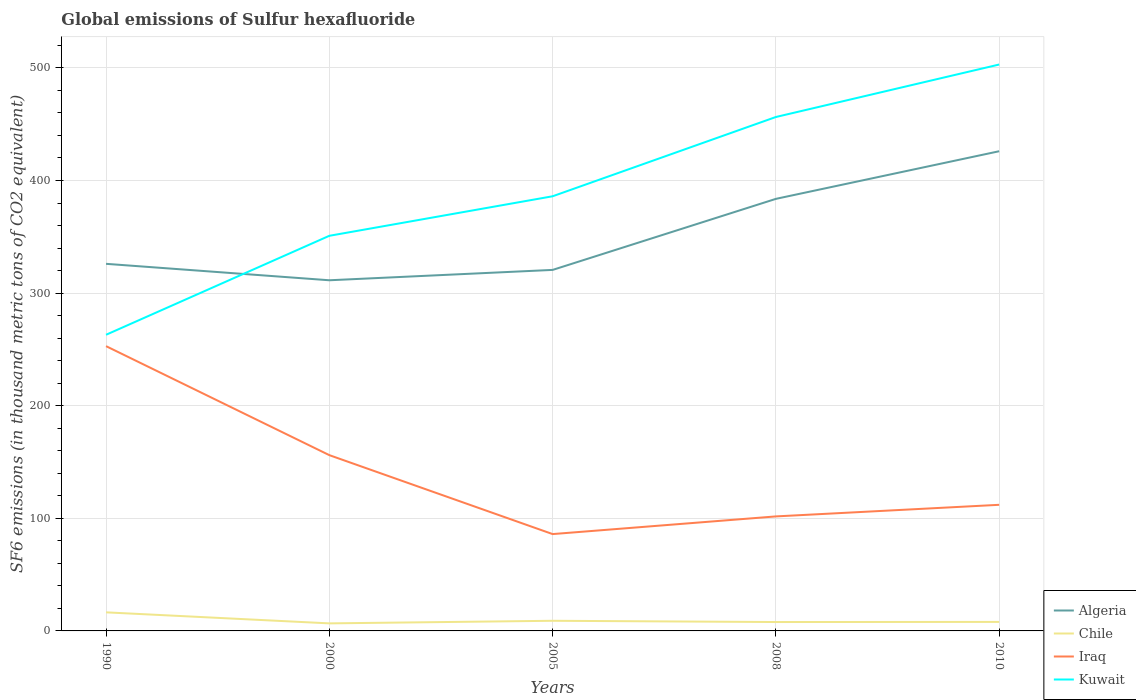
| Years | Algeria | Chile | Iraq | Kuwait |
 | --- | --- | --- | --- | --- |
 | 1990 | 326 | 16.5 | 253 | 263 |
 | 2000 | 311 | 6.7 | 156 | 351 |
 | 2005 | 321 | 9 | 86 | 386 |
 | 2008 | 384 | 7.9 | 102 | 456 |
 | 2010 | 426 | 8 | 112 | 503 |